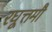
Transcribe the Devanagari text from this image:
रघूत्तमौ